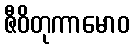
ဇီဝိတုကာမောဝ